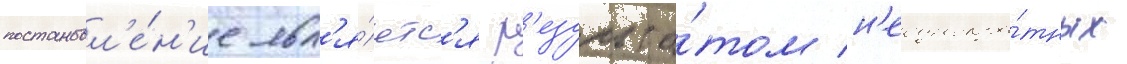
постановл'е́н'ие явл'я́етс'я р'езульта́том н'еоднокра́тных